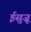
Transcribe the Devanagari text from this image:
ईसुज़ू